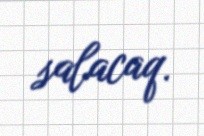
salacaq.